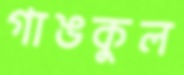
গাঙকুল